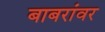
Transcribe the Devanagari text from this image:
बाबरांवर